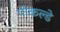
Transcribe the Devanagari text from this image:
पोकल्डे